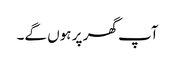
آپ گھر پر ہوں گے۔